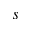
s